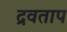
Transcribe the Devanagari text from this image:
द्रवताप